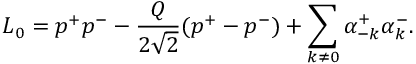
L _ { 0 } = p ^ { + } p ^ { - } - \frac { Q } { 2 \sqrt { 2 } } ( p ^ { + } - p ^ { - } ) + \sum _ { k \ne 0 } \alpha _ { - k } ^ { + } \alpha _ { k } ^ { - } .